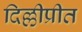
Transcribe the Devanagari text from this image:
दिल्लीप्रीत